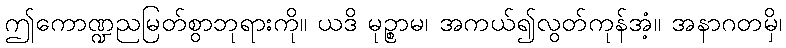
ဤကောဏ္ဍညမြတ်စွာဘုရားကို။ ယဒိ မုဉ္စာမ၊ အကယ်၍လွတ်ကုန်အံ့။ အနာဂတမှိ၊